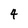
Character: 4